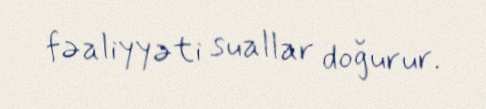
fəaliyyəti suallar doğurur.